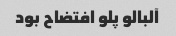
آلبالو پلو افتضاح بود